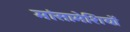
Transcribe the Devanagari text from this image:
मांसामेशियों